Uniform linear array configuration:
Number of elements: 16
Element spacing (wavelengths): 0.5
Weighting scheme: kaiser
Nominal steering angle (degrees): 15
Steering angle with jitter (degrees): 13.34
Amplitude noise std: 0.05
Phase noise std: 0.05

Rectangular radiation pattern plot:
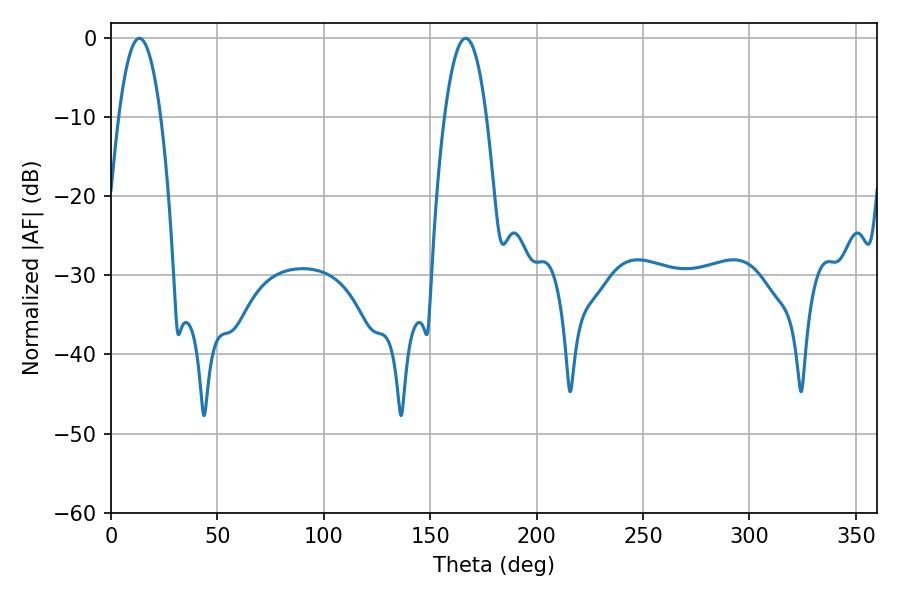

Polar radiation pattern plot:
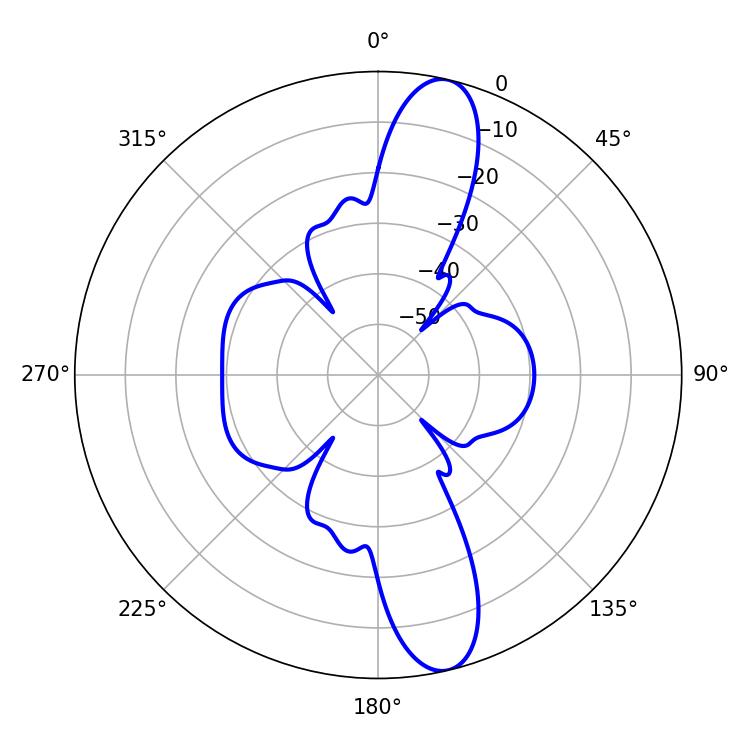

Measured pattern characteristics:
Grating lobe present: FALSE
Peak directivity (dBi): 13.33
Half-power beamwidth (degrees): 10.98
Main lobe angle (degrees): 13.32